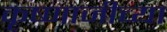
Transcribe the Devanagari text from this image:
कृष्णाजीच्या